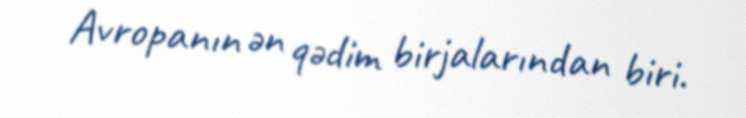
Avropanın ən qədim birjalarından biri.